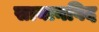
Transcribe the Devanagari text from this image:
सायानविद